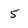
Character: 5